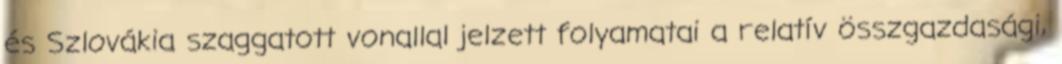
és Szlovákia szaggatott vonallal jelzett folyamatai a relatív összgazdasági,